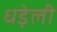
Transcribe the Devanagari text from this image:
धड़ेली